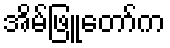
အိမ်ဖြူတော်က